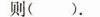
则().